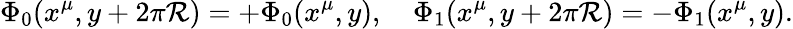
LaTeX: \Phi_{0}(x^{\mu},y+2\pi\mathcal{R})=+\Phi_{0}(x^{\mu},y),\quad\Phi_{1}(x^{\mu},y+2\pi\mathcal{R})=-\Phi_{1}(x^{\mu},y).